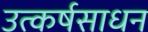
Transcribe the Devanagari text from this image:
उत्कर्षसाधन